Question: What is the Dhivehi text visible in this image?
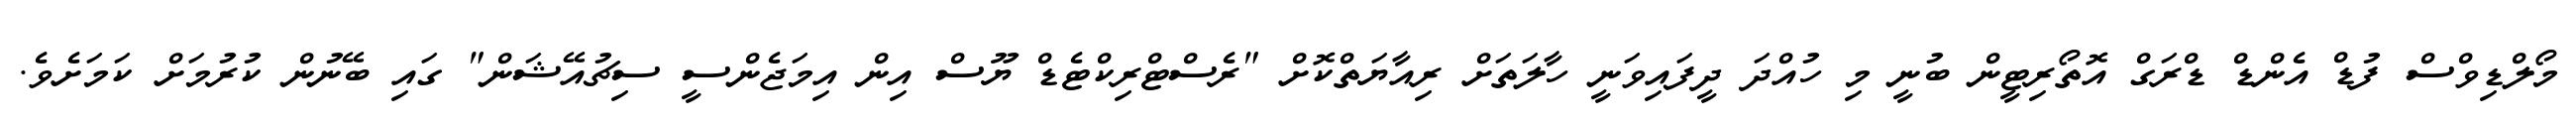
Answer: މޯލްޑިވްސް ފުޑް އެންޑް ޑްރަގް އޮތޯރިޓީން ބުނީ މި ހުއްދަ ދީފައިވަނީ ހާލަތަށް ރިއާޔަތްކޮށް "ރެސްޓްރިކްޓެޑް ޔޫސް އިން އިމަޖެންސީ ސިޗުއޭޝަން" ގައި ބޭނުން ކުރުމަށް ކަމަށެވެ.